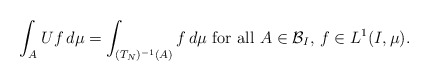
\begin{align*}\int_{A}Uf \,d\mu = \int_{(T_{N})^{-1}(A)}f\, d\mu \mbox{ for all }A \in {\mathcal{B}}_{I},\, f \in L^1(I,\mu). \end{align*}